King Institute of Preventive Medicine Bacteriolog. Section reports 1907-08
Year: 1907
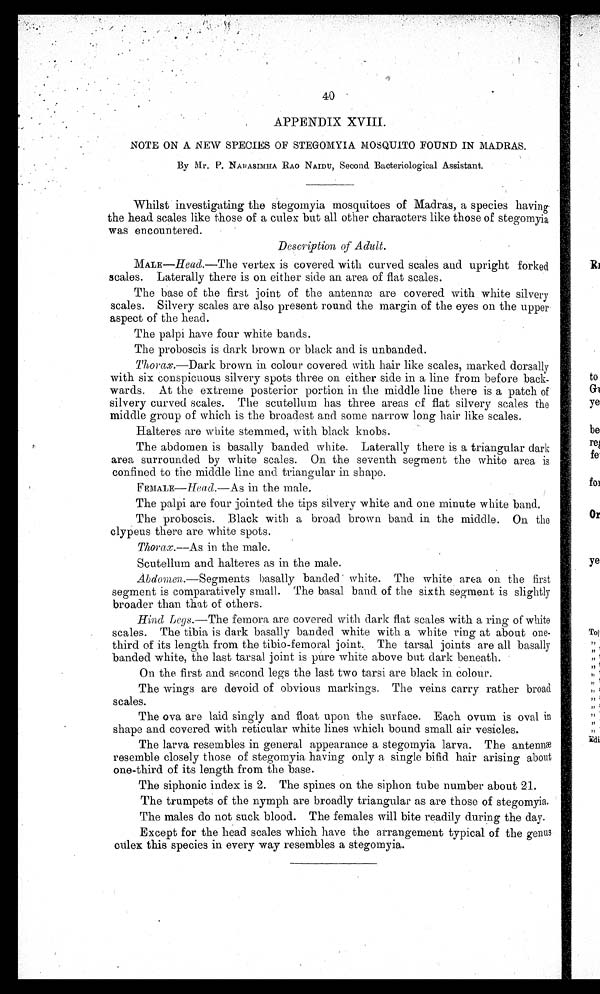
40
APPENDIX XVIII.
NOTE ON A NEW SPECIES OF STEGOMYIA MOSQUITO FOUND IN MADRAS.
By Hr. P. NABASIMHA RAO NAIDU, Second Bacteriological Assistant.
Whilst investigating the stegomyia mosquitoes of Madras, a species having
the head. scales like those of a culex but all other characters like those of stegomyia
was encountered.
Description of Adult.
MALE—Head.—The vertex is covered with curved scales and upright forked
scales. Laterally there is on either side an area of flat scales.
The base of the first joint of the antennæ are covered with white silvery
scales. Silvery scales are also present round the margin of the eyes on the upper
aspect of the head.
The palpi have four white bands.
The proboscis is dark brown or black and is unbanded.
Thorax.—Dark brown in colour covered with hair like scales, marked dorsally
with six conspicuous silvery spots three on either side in a line from before back-
wards. At the extreme posterior portion in the middle line there is a patch of
silvery curved scales. The scutellum has three areas of flat silvery scales the
middle group of which is the broadest and some narrow long hair like scales.
Halteres are white stemmed, with black knobs.
The abdomen is basally banded white. Laterally there is a triangular dark
area surrounded by white scales. On the seventh segment the white area is
confined to the middle line and triangular in shape.
FEMALE— Head. —As in the male.
The palpi. are four jointed the tips silvery white and one minute white band.
The proboscis. Black with a broad brown band in the middle. On the
clypeus there are white spots.
Thorax.--As in the male.
Scutellum and halteres as in the male.
Abdomen .—Segments basally banded white. The white area on the first
segment is comparatively small. The basal band of the sixth segment is slightly
broader than that of others.
Hind Legs.—The femora are covered with dark flat scales with a ring of white
scales. The tibia is dark basally banded white with a white ring at about one-
third of its length from the tibio-femoral joint.. The tarsal joints are all basally
banded white, the last tarsal joint is pure white above but dark beneath.
On the first and second legs the last two tarsi are black in colour.
The wings are devoid of obvious markings. The veins carry rather broad
scales.
The ova are laid singly and float upon the surface. Each ovum is oval in
shape and covered with reticular white lines which bound small air vesicles.
The larva resembles in general appearance a stegomyia larva. The antenna
resemble closely those of stegomyia having only a single bifid hair arising about
one-third of its length from the base.
The siphonic index is 2. The spines on the siphon tube number about 21.
The trumpets of the nymph are broadly triangular as are those of stegomyia.
The males do not suck blood. The females will bite readily during the day.
Except for the head scales which have the arrangement typical of the genus
oulex this species in every way resembles a stegomyia.